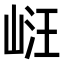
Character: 𭖧